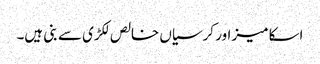
اسکا میز اور کرسیاں خالص لکڑی سے بنی ہیں۔